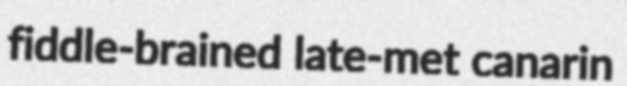
fiddle-brained late-met canarin